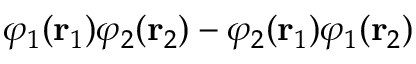
\varphi _ { 1 } ( \mathbf { r } _ { 1 } ) \varphi _ { 2 } ( \mathbf { r } _ { 2 } ) - \varphi _ { 2 } ( \mathbf { r } _ { 1 } ) \varphi _ { 1 } ( \mathbf { r } _ { 2 } )